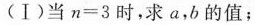
(Ⅰ)当$$n = 3$$时，求a，b的值；